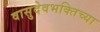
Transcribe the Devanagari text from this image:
वासुदेवभक्तिच्या